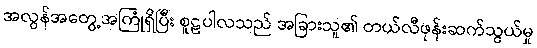
အလွန်အတွေ့အကြုံရှိပြီး စူဠပါလသည် အခြားသူ၏ တယ်လီဖုန်းဆက်သွယ်မှု